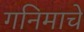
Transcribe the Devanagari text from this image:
गनिमाचे